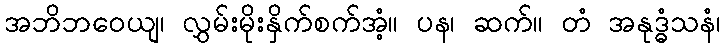
အဘိဘဝေယျ၊ လွှမ်းမိုးနှိက်စက်အံ့။ ပန၊ ဆက်။ တံ အနုဒ္ဓံသနံ၊